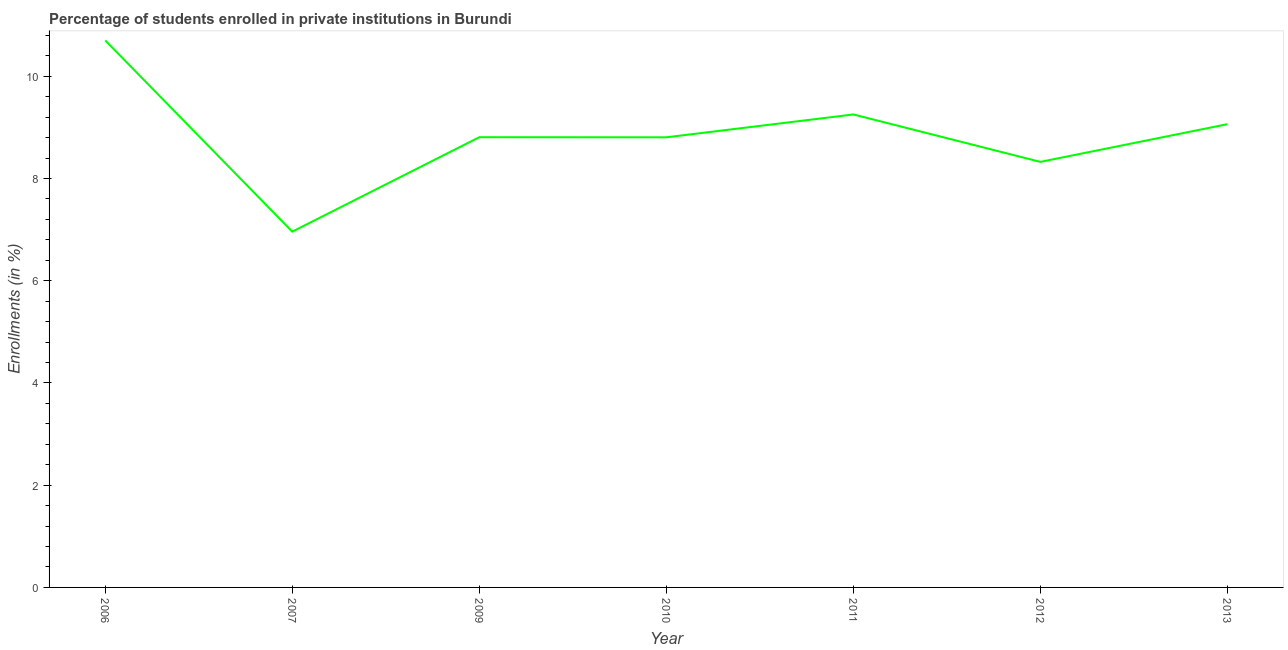
| Year | Enrollments |
 | --- | --- |
 | 2006 | 10.7 |
 | 2007 | 6.96 |
 | 2009 | 8.81 |
 | 2010 | 8.8 |
 | 2011 | 9.25 |
 | 2012 | 8.32 |
 | 2013 | 9.06 |